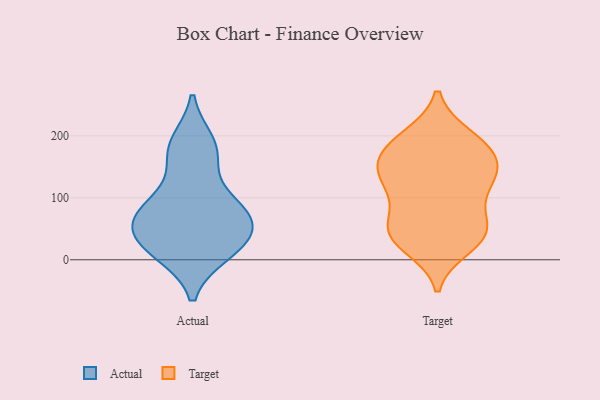
{"axis": {"x": "Market Share (%)", "y": "Value"}, "legend": ["Actual", "Target"], "data": [{"x": "", "y": 13, "type": "Actual"}, {"x": "", "y": 188, "type": "Actual"}, {"x": "", "y": 71, "type": "Actual"}, {"x": "", "y": 25, "type": "Actual"}, {"x": "", "y": 167, "type": "Actual"}, {"x": "", "y": 99, "type": "Actual"}, {"x": "", "y": 178, "type": "Actual"}, {"x": "", "y": 12, "type": "Actual"}, {"x": "", "y": 72, "type": "Actual"}, {"x": "", "y": 36, "type": "Actual"}, {"x": "", "y": 69, "type": "Actual"}, {"x": "", "y": 82, "type": "Actual"}, {"x": "", "y": 43, "type": "Actual"}, {"x": "", "y": 132, "type": "Target"}, {"x": "", "y": 37, "type": "Target"}, {"x": "", "y": 141, "type": "Target"}, {"x": "", "y": 42, "type": "Target"}, {"x": "", "y": 117, "type": "Target"}, {"x": "", "y": 91, "type": "Target"}, {"x": "", "y": 126, "type": "Target"}, {"x": "", "y": 147, "type": "Target"}, {"x": "", "y": 46, "type": "Target"}, {"x": "", "y": 22, "type": "Target"}, {"x": "", "y": 43, "type": "Target"}, {"x": "", "y": 58, "type": "Target"}, {"x": "", "y": 176, "type": "Target"}, {"x": "", "y": 176, "type": "Target"}, {"x": "", "y": 197, "type": "Target"}, {"x": "", "y": 167, "type": "Target"}, {"x": "", "y": 198, "type": "Target"}]}